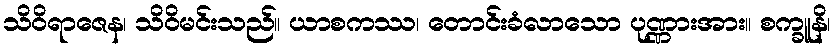
သိဝိရာဇေန၊ သိဝိမင်းသည်။ ယာစကဿ၊ တောင်းခံလာသော ပုဏ္ဏားအား။ စက္ခူနိ၊